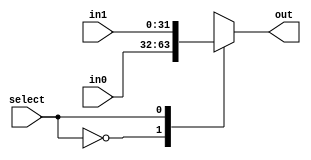
module antares_mux_2_1 #(parameter WIDTH = 32)
    (
     input [WIDTH-1:0]      in0,
     input [WIDTH-1:0]      in1,
     input                  select,
     output reg [WIDTH-1:0] out
    );

    always @(/*AUTOSENSE*/in0 or in1 or select) begin
        case (select)
            1'b0: out = in0;
            1'b1: out = in1;
        endcase // case (select)
    end // always @ (...

endmodule